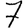
Digit: 7